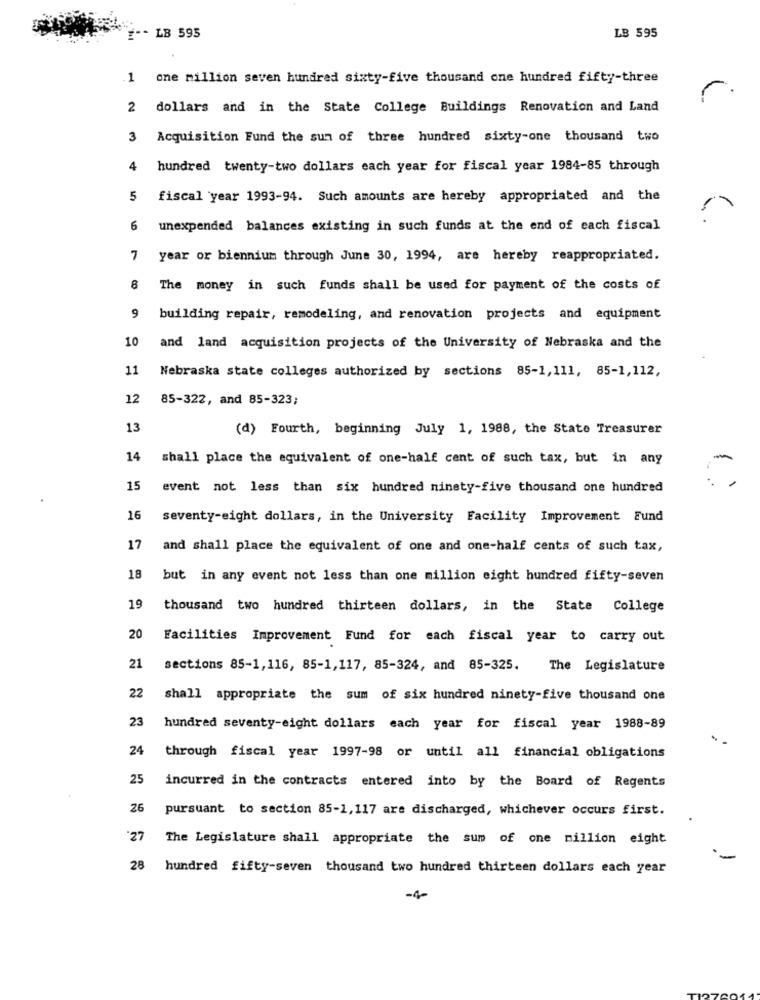
# -- LB 595
LB 595
one million seven hundred sixty-five thousand one hundred fifty-three
2 dollars and in the State College Buildings Renovation and Land
3 Acquisition Fund the sum of three hundred sixty-one thousand two
4 hundred twenty-two dollars each year for fiscal year 1984-85 through
5 fiscal year 1993-94. Such amounts are hereby appropriated and the
6
unexpended balances existing in such funds at the end of each fiscal
7
year or biennium through June 30, 1994, are hereby reappropriated.
8
The money in such funds shall be used for payment of the costs of
9
building repair, remodeling, and renovation projects and equipment
10
and land acquisition projects of the University of Nebraska and the
11
Nebraska state colleges authorized by sections 85-1,111, 85-1,112,
12
85-322, and 85-323;
13
(d) Fourth, beginning July 1, 1988, the State Treasurer
14
shall place the equivalent of one-half cent of such tax, but in any
15
event not less than six hundred ninety-five thousand one hundred
16
seventy-eight dollars, in the University Facility Improvement Fund
17
and shall place the equivalent of one and one-half cents of such tax,
18
but in any event not less than one million eight hundred fifty-seven
19
thousand two hundred thirteen dollars, in the State College
20
Facilities Improvement Fund for each fiscal year to carry out
21
sections 85-1,116, 85-1,117, 85-324, and 85-325. The Legislature
22
shall appropriate the sum of six hundred ninety-five thousand one
23
hundred seventy-eight dollars each year for fiscal year 1988-89
24
through fiscal year 1997-98 or until all financial obligations
25
incurred in the contracts entered into by the Board of Regents
26
pursuant to section 85-1, 117 are discharged, whichever occurs first.
27
The Legislature shall appropriate the sum of one million eight
28 hundred fifty-seven thousand two hundred thirteen dollars each year
-1-